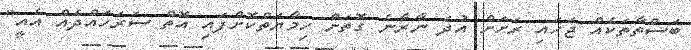
ބަސްތާތަކެއް ޖަހައި ރަށަށް އުދަ ނާރާނެ ގޮތަށް ހިމާޔަތްކޮށްފައި އޮތް ސަރަހައްދެއް އެއީ"